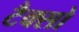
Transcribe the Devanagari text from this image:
टैक्सो